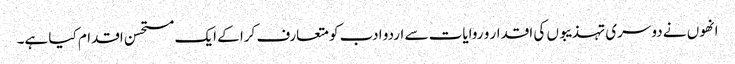
انھوں نے دوسری تہذیبوں کی اقدار و روایات سے اردو ادب کو متعارف کرا کے ایک مستحسن اقدام کیا ہے۔